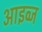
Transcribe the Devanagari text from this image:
आइव्ज